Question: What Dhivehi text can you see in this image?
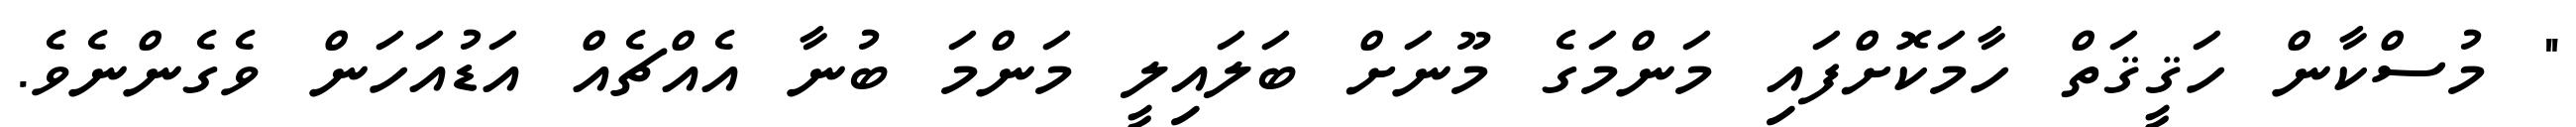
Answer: " މުސްކާން ހަޤީޤަތް ހާމަކޮށްފައި މަންމަގެ މޫނަށް ބަލައިލީ މަންމަ ބުނާ އެއްޗެއް އަޑުއަހަން ވެގެންނެވެ.